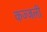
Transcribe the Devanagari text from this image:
कज्‍जली